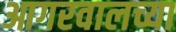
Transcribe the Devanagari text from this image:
आगरवालच्या